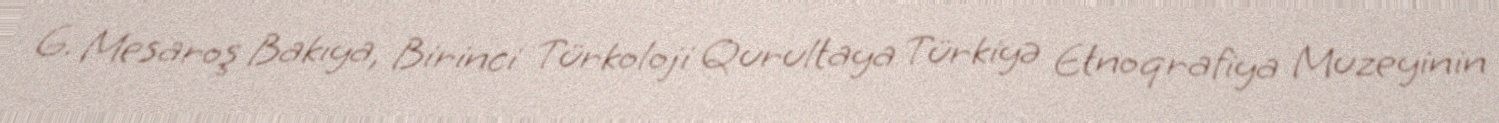
G. Mesaroş Bakıya, Birinci Türkoloji Qurultaya Türkiyə Etnoqrafiya Muzeyinin